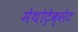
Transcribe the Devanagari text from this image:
मेथोट्रेक्सेट